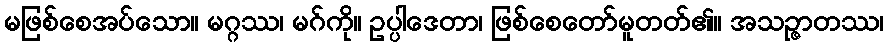
မဖြစ်စေအပ်သော။ မဂ္ဂဿ၊ မဂ်ကို။ ဥပ္ပါဒေတာ၊ ဖြစ်စေတော်မူတတ်၏။ အသဉ္ဇာတဿ၊